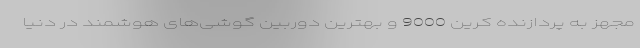
مجهز به پردازنده کرین 9000 و بهترین دوربین گوشی‌های هوشمند در دنیا